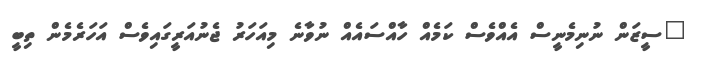
"ސީޒަން ނުނިމެނީސް އެއްވެސް ކަމެއް ހާއްސައެއް ނުވާނެ މިއަހަރު ޖެނުއަރީގައިވެސް އަހަރެމެން ތިބީ